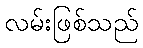
လမ်းဖြစ်သည်